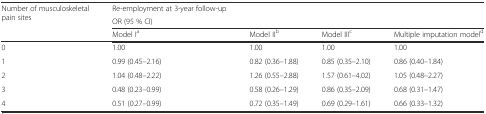
| <ROWSPAN=3> Number of musculoskeletal pain sites | Re-employment at 3-year follow-up |  |  |  |
 | <COLSPAN=4> OR (95 % CI) |
 | Model Ia | Model IIb | Model IIIc | Multiple imputation modeld |
 | --- | --- | --- | --- | --- |
 | 0 | 1.00 | 1.00 | 1.00 | 1.00 |
 | 1 | 0.99 (0.45–2.16) | 0.82 (0.36–1.88) | 0.85 (0.35–2.10) | 0.86 (0.40–1.84) |
 | 2 | 1.04 (0.48–2.22) | 1.26 (0.55–2.88) | 1.57 (0.61–4.02) | 1.05 (0.48–2.27) |
 | 3 | 0.48 (0.23–0.99) | 0.58 (0.26–1.29) | 0.86 (0.35–2.09) | 0.68 (0.31–1.47) |
 | 4 | 0.51 (0.27–0.99) | 0.72 (0.35–1.49) | 0.69 (0.29–1.61) | 0.66 (0.33–1.32) |